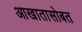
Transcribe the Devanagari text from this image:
आखातासोबत